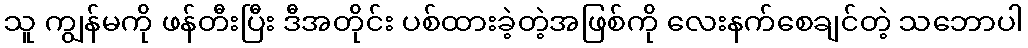
သူ ကျွန်မကို ဖန်တီးပြီး ဒီအတိုင်း ပစ်ထားခဲ့တဲ့အဖြစ်ကို လေးနက်စေချင်တဲ့ သဘောပါ